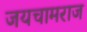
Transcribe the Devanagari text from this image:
जयचामराज